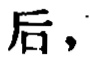
后，